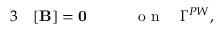
\begin{array} { r l r } { { 3 } } & { { } [ { \mathbf B } ] = \mathbf { 0 } \qquad } & { \mathrm { ~ o ~ n ~ } \quad \Gamma ^ { P W } , } \end{array}